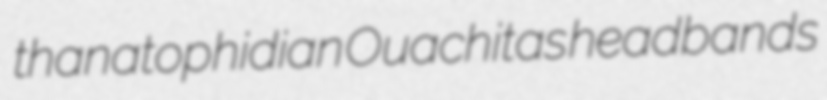
thanatophidian Ouachitas headbands